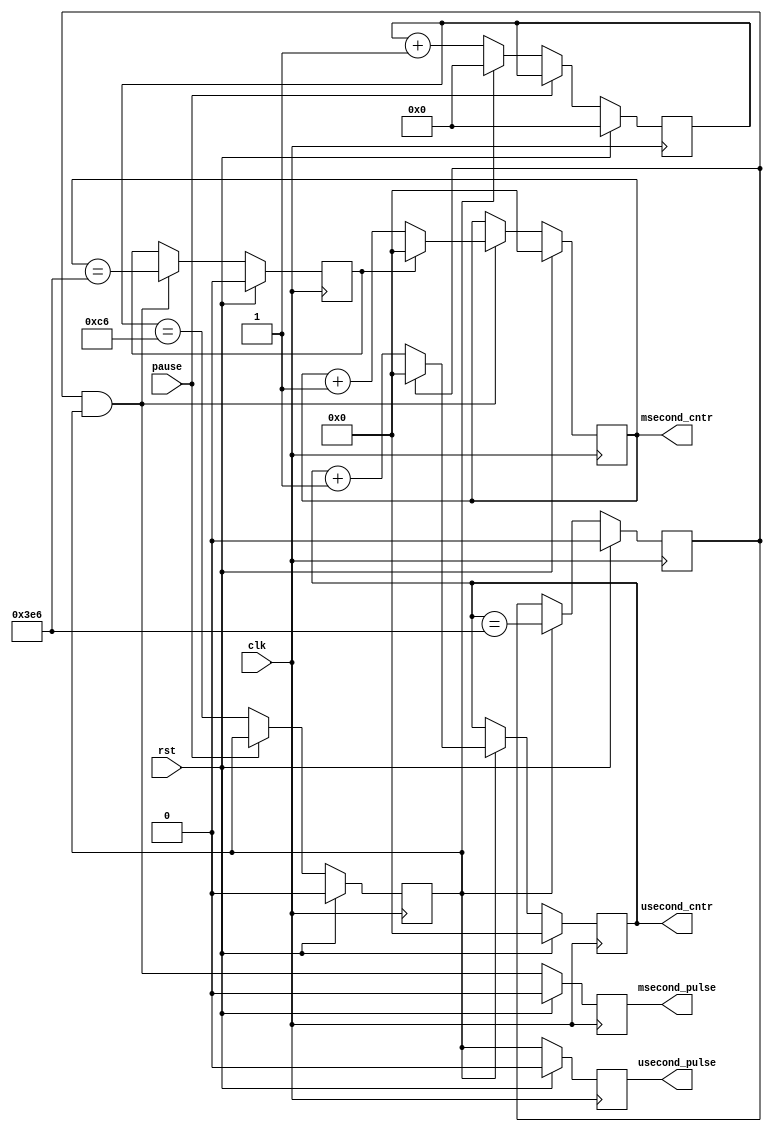
module timer (
	input clk,rst,pause,

	output reg [9:0] usecond_cntr,
	output reg [9:0] msecond_cntr,
		
	output reg usecond_pulse,
	output reg msecond_pulse
);

parameter CLOCK_MHZ = 200;

reg [7:0] tick_cntr;
reg tick_cntr_max;

always @(posedge clk) begin
	if (rst) begin
		tick_cntr <= 0;
		tick_cntr_max <= 0;
	end
	else if (pause) begin
	end
	else begin
		if (tick_cntr_max) tick_cntr <= 1'b0;
		else tick_cntr <= tick_cntr + 1'b1;
		tick_cntr_max <= (tick_cntr == (CLOCK_MHZ - 2'd2));
	end
end

/////////////////////////////////
// Count off 1000 us to form 1 ms
/////////////////////////////////
reg usecond_cntr_max;

always @(posedge clk) begin
	if (rst) begin
		usecond_cntr <= 0;
		usecond_cntr_max <= 0;
	end
	else if (tick_cntr_max) begin
		if (usecond_cntr_max) usecond_cntr <= 1'b0;
		else usecond_cntr <= usecond_cntr + 1'b1;
		usecond_cntr_max <= (usecond_cntr == 10'd998);
	end
end

/////////////////////////////////
// Count off 1000 ms to form 1 s
/////////////////////////////////
reg msecond_cntr_max;

always @(posedge clk) begin
	if (rst) begin
		msecond_cntr <= 0;
		msecond_cntr_max <= 0;
	end
	else if (usecond_cntr_max & tick_cntr_max) begin
		if (msecond_cntr_max) msecond_cntr <= 1'b0;
		else msecond_cntr <= msecond_cntr + 1'b1;
		msecond_cntr_max <= (msecond_cntr == 10'd998);
	end
end

/////////////////////////////////////
// Filtered output pulses 
/////////////////////////////////////
always @(posedge clk) begin
	if (rst) begin
		usecond_pulse <= 1'b0;
		msecond_pulse <= 1'b0;
	end
	else begin
		usecond_pulse <= tick_cntr_max;
		msecond_pulse <= tick_cntr_max & usecond_cntr_max;
	end
end			

endmodule